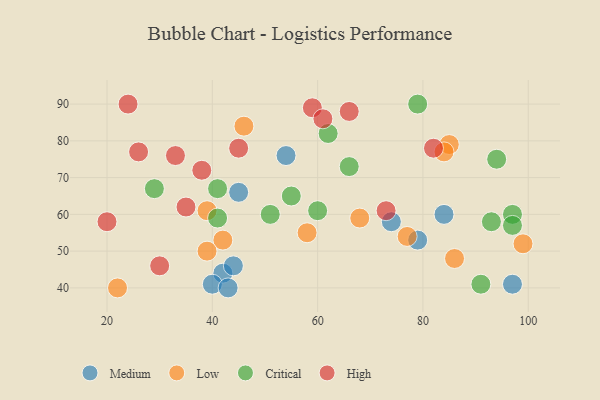
{"axis": {"x": "GDP", "y": "Life Expectancy"}, "legend": ["Critical", "High", "Low", "Medium"], "data": [{"x": "42", "y": 44, "type": "Medium"}, {"x": "79", "y": 53, "type": "Medium"}, {"x": "84", "y": 60, "type": "Medium"}, {"x": "74", "y": 58, "type": "Medium"}, {"x": "97", "y": 41, "type": "Medium"}, {"x": "44", "y": 46, "type": "Medium"}, {"x": "54", "y": 76, "type": "Medium"}, {"x": "45", "y": 66, "type": "Medium"}, {"x": "40", "y": 41, "type": "Medium"}, {"x": "43", "y": 40, "type": "Medium"}, {"x": "85", "y": 79, "type": "Low"}, {"x": "68", "y": 59, "type": "Low"}, {"x": "84", "y": 77, "type": "Low"}, {"x": "42", "y": 53, "type": "Low"}, {"x": "99", "y": 52, "type": "Low"}, {"x": "58", "y": 55, "type": "Low"}, {"x": "86", "y": 48, "type": "Low"}, {"x": "39", "y": 50, "type": "Low"}, {"x": "46", "y": 84, "type": "Low"}, {"x": "77", "y": 54, "type": "Low"}, {"x": "22", "y": 40, "type": "Low"}, {"x": "39", "y": 61, "type": "Low"}, {"x": "97", "y": 60, "type": "Critical"}, {"x": "51", "y": 60, "type": "Critical"}, {"x": "66", "y": 73, "type": "Critical"}, {"x": "60", "y": 61, "type": "Critical"}, {"x": "29", "y": 67, "type": "Critical"}, {"x": "55", "y": 65, "type": "Critical"}, {"x": "79", "y": 90, "type": "Critical"}, {"x": "93", "y": 58, "type": "Critical"}, {"x": "62", "y": 82, "type": "Critical"}, {"x": "97", "y": 57, "type": "Critical"}, {"x": "91", "y": 41, "type": "Critical"}, {"x": "94", "y": 75, "type": "Critical"}, {"x": "41", "y": 67, "type": "Critical"}, {"x": "41", "y": 59, "type": "Critical"}, {"x": "45", "y": 78, "type": "High"}, {"x": "24", "y": 90, "type": "High"}, {"x": "26", "y": 77, "type": "High"}, {"x": "59", "y": 89, "type": "High"}, {"x": "73", "y": 61, "type": "High"}, {"x": "66", "y": 88, "type": "High"}, {"x": "38", "y": 72, "type": "High"}, {"x": "82", "y": 78, "type": "High"}, {"x": "35", "y": 62, "type": "High"}, {"x": "33", "y": 76, "type": "High"}, {"x": "61", "y": 86, "type": "High"}, {"x": "30", "y": 46, "type": "High"}, {"x": "20", "y": 58, "type": "High"}]}